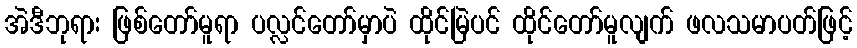
အဲဒီဘုရား ဖြစ်တော်မူရာ ပလ္လင်တော်မှာပဲ ထိုင်မြဲပင် ထိုင်တော်မူလျက် ဖလသမာပတ်ဖြင့်